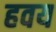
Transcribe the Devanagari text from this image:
हवय